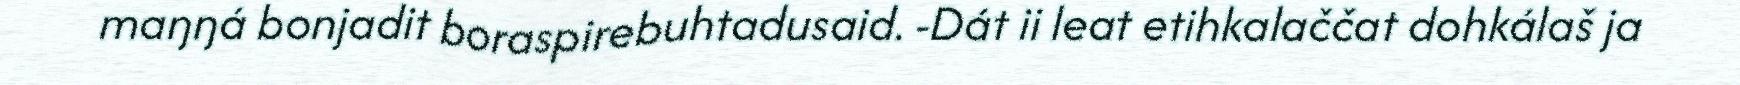
maŋŋá bonjadit boraspirebuhtadusaid. -Dát ii leat etihkalaččat dohkálaš ja